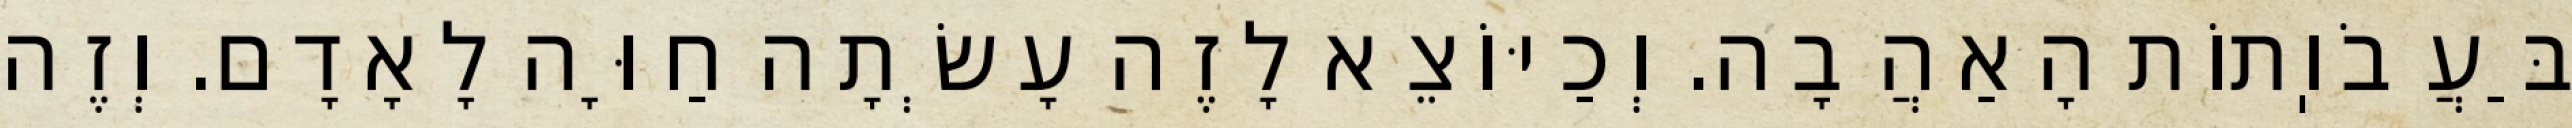
בַּעֲבֹוֽתוֹת הָאַהֲבָה. וְכַיּוֹצֵא לָזֶה עָשְׂתָה חַוָּה לָאָדָם. וְזֶה